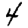
Digit: 4